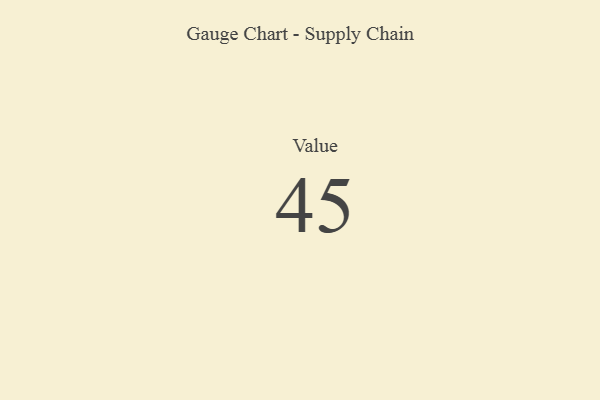
{"axis": {"x": "Metric", "y": "Value"}, "legend": [""], "data": [{"x": "Value", "y": 45, "type": ""}]}